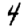
Digit: 4